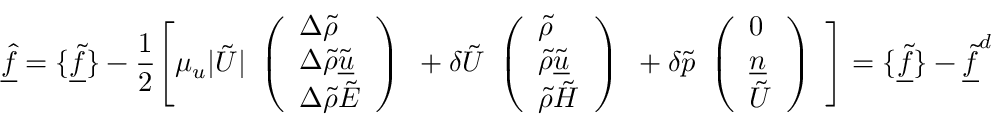
\underline { { \hat { f } } } = \{ \underline { { \tilde { f } } } \} - \frac { 1 } { 2 } \Bigg [ \mu _ { u } | \tilde { U } | \begin{array} { l } { \left( \begin{array} { l } { \Delta \tilde { \rho } } \\ { \Delta \tilde { \rho } \tilde { \underline { { u } } } } \\ { \Delta \tilde { \rho } \tilde { E } } \end{array} \right) } \end{array} + \delta \tilde { U } \begin{array} { l } { \left( \begin{array} { l } { \tilde { \rho } } \\ { \tilde { \rho } \tilde { \underline { { u } } } } \\ { \tilde { \rho } \tilde { H } } \end{array} \right) } \end{array} + \delta \tilde { p } \begin{array} { l } { \left( \begin{array} { l } { 0 } \\ { \underline { { n } } } \\ { \tilde { U } } \end{array} \right) } \end{array} \Bigg ] = \{ \underline { { \tilde { f } } } \} - \underline { { \tilde { f } } } ^ { d }